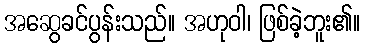
အဆွေခင်ပွန်းသည်။ အဟုဝါ၊ ဖြစ်ခဲ့ဘူး၏။